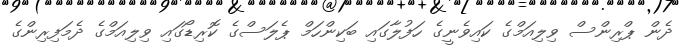
ދެން ޕްރިންސް ވިލިއަމްގެ ކައިވެނީގެ ހަފުލާގައި ބަކިންހަމް ޕެލަސްގެ ކޮރިޑޯގައި ވިލިއަމްގެ ދެމަފިރިންގެ